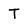
Character: T